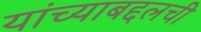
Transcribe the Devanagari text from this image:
यांच्याबद्दलची